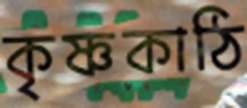
কৃষ্ণকাঠি